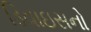
ડિવાઇસનો